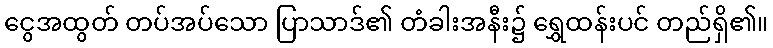
ငွေအထွတ် တပ်အပ်သော ပြာသာဒ်၏ တံခါးအနီး၌ ရွှေထန်းပင် တည်ရှိ၏။